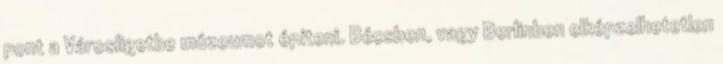
pont a Városligetbe múzeumot építeni. Bécsben, vagy Berlinben elképzelhetetlen